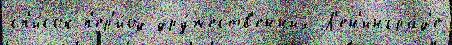
сп'и́сок п'ер'и́од дру́жеств'енных Л'ен'ингра́д'е